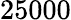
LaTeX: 25000